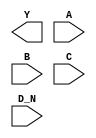
module sky130_fd_sc_hd__nor4b (
    Y  ,
    A  ,
    B  ,
    C  ,
    D_N
);

    output Y  ;
    input  A  ;
    input  B  ;
    input  C  ;
    input  D_N;

    // Voltage supply signals
    supply1 VPWR;
    supply0 VGND;
    supply1 VPB ;
    supply0 VNB ;

endmodule